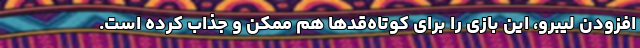
افزودن لیبرو، این بازی را برای کوتاه‌قدها هم ممکن و جذاب کرده است.